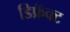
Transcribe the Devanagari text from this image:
डिफ्रॅक्ट